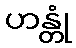
ဟန္တုံ